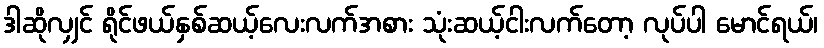
ဒါဆိုလျှင် ရိုင်ဖယ်နှစ်ဆယ့်လေးလက်အစား သုံးဆယ့်ငါးလက်တော့ လုပ်ပါ မောင်ရယ်၊